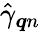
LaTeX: \hat{\gamma}_{\boldsymbol{q}n}